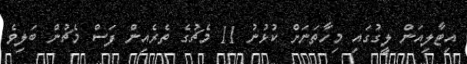
އިޓާލިއަން ލީގުގައި މިހާތަނަށް ކުޅުނު 11 މެޗުގެ ތެރެއިން ފަސް މެޗުން ބަލިވެ